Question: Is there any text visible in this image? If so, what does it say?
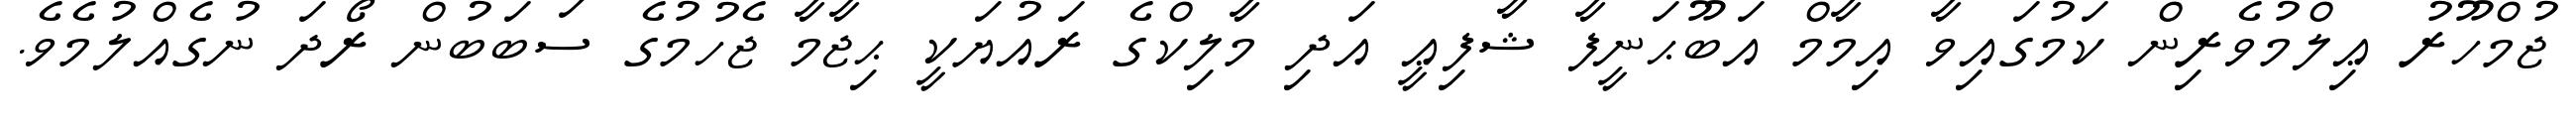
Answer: ޖުމްހޫރު ޢިލްމުވެރިން ކަމުގައިވާ އިމާމް އަބޫޙަނީފާ ޝާފިޢީ އަދި މާލިކްގެ ރައުޔަކީ ޙިޖާމާ ޖެހުމުގެ ސަބަބުން ރޯދަ ނުގެއްލުމެވެ.